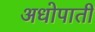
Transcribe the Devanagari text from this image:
अधोपाती